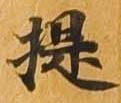
提